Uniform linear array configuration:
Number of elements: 8
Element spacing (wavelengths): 0.25
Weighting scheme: blackman
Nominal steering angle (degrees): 15
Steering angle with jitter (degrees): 14.369
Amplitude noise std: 0.05
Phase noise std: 0.05

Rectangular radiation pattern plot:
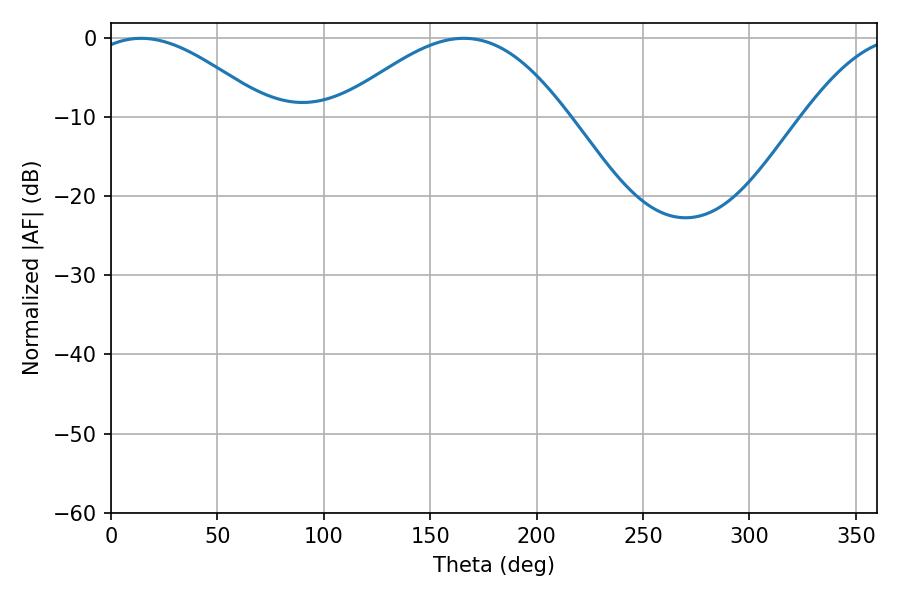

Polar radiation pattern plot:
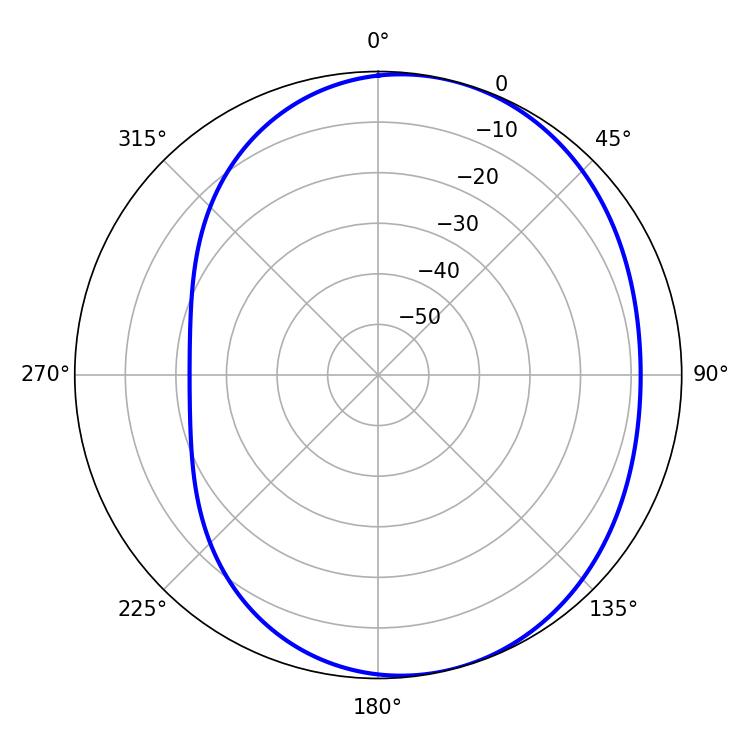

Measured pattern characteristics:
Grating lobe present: FALSE
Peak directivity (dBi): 4.762
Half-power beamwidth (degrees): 45.54
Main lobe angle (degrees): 14.22